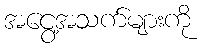
အငွေ့အသက်များကို